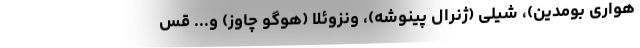
هواری بومدین)‌، شیلی (ژنرال پینوشه)‌، ونزوئلا (هوگو چاوز) و... قس